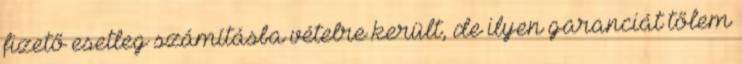
fizető esetleg számításba vételre került, de ilyen garanciát tőlem